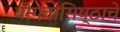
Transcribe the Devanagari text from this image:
योगवासिष्ठाचे